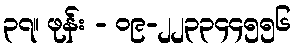
၃၇။ ဖုန်း - ၀၉-၂၂၃၃၄၄၅၅၆